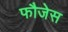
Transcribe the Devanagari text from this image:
फौजेस